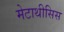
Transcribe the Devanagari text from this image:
मेटाथीसिस